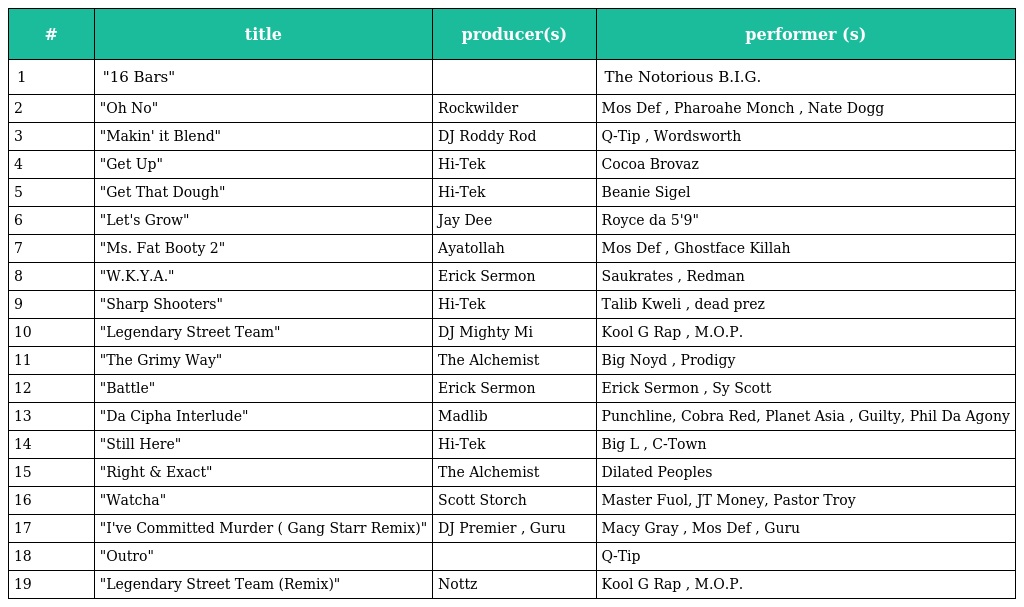
| # | title | producer(s) | performer (s) |
 | --- | --- | --- | --- |
 | 1 | "16 Bars" |  | The Notorious B.I.G. |
 | 2 | "Oh No" | Rockwilder | Mos Def , Pharoahe Monch , Nate Dogg |
 | 3 | "Makin' it Blend" | DJ Roddy Rod | Q-Tip , Wordsworth |
 | 4 | "Get Up" | Hi-Tek | Cocoa Brovaz |
 | 5 | "Get That Dough" | Hi-Tek | Beanie Sigel |
 | 6 | "Let's Grow" | Jay Dee | Royce da 5'9" |
 | 7 | "Ms. Fat Booty 2" | Ayatollah | Mos Def , Ghostface Killah |
 | 8 | "W.K.Y.A." | Erick Sermon | Saukrates , Redman |
 | 9 | "Sharp Shooters" | Hi-Tek | Talib Kweli , dead prez |
 | 10 | "Legendary Street Team" | DJ Mighty Mi | Kool G Rap , M.O.P. |
 | 11 | "The Grimy Way" | The Alchemist | Big Noyd , Prodigy |
 | 12 | "Battle" | Erick Sermon | Erick Sermon , Sy Scott |
 | 13 | "Da Cipha Interlude" | Madlib | Punchline, Cobra Red, Planet Asia , Guilty, Phil Da Agony |
 | 14 | "Still Here" | Hi-Tek | Big L , C-Town |
 | 15 | "Right & Exact" | The Alchemist | Dilated Peoples |
 | 16 | "Watcha" | Scott Storch | Master Fuol, JT Money, Pastor Troy |
 | 17 | "I've Committed Murder ( Gang Starr Remix)" | DJ Premier , Guru | Macy Gray , Mos Def , Guru |
 | 18 | "Outro" |  | Q-Tip |
 | 19 | "Legendary Street Team (Remix)" | Nottz | Kool G Rap , M.O.P. |